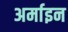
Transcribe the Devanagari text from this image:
अर्माइन